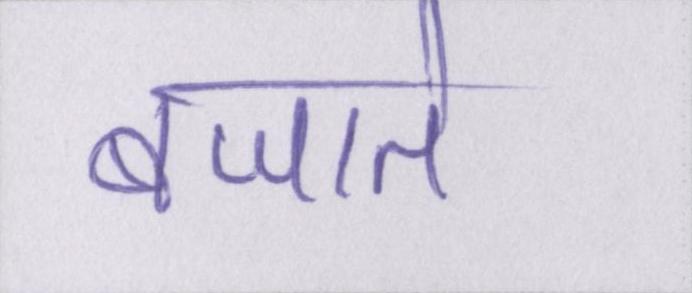
बजाते